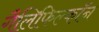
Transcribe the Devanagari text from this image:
गैलिफिल्कॉन